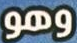
وهو